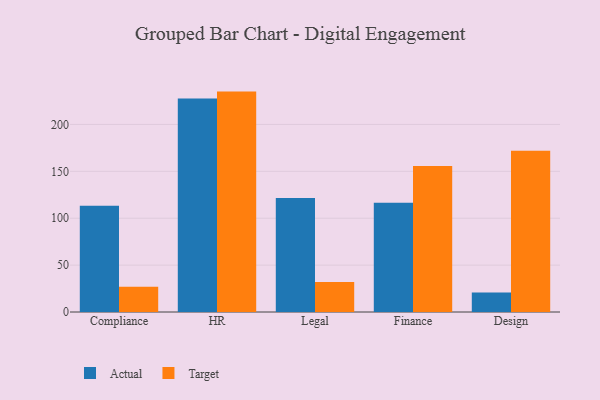
{"axis": {"x": "Department", "y": "Backlog"}, "legend": ["Actual", "Target"], "data": [{"x": "Compliance", "y": 113.4, "type": "Actual"}, {"x": "Compliance", "y": 26.9, "type": "Target"}, {"x": "HR", "y": 227.7, "type": "Actual"}, {"x": "HR", "y": 235.0, "type": "Target"}, {"x": "Legal", "y": 121.6, "type": "Actual"}, {"x": "Legal", "y": 32.0, "type": "Target"}, {"x": "Finance", "y": 116.5, "type": "Actual"}, {"x": "Finance", "y": 155.6, "type": "Target"}, {"x": "Design", "y": 20.8, "type": "Actual"}, {"x": "Design", "y": 172.0, "type": "Target"}]}